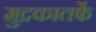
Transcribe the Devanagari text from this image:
मुद्रकातर्फे